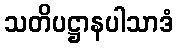
သတိပဋ္ဌာနပါသာဒံ